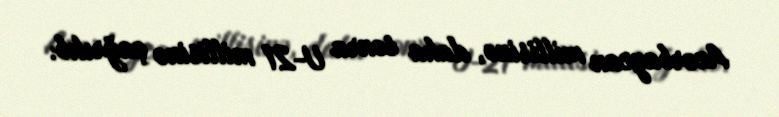
Azərbaycan millisinə, daha sonra U-21 millisinə çağrılıb.